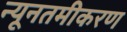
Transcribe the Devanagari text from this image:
न्यूनतमीकरण